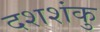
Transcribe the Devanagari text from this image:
दशशंकु